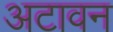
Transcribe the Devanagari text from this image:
अटावन